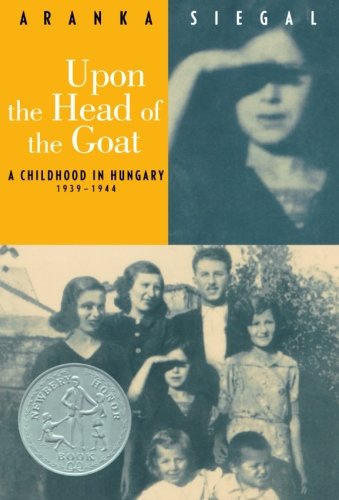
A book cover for Upon the Head of the Goat: A Childhood in Hungary 1939-1944; Aranka Siegal; Children's Books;